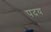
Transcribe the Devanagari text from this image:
पदय